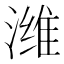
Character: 潍